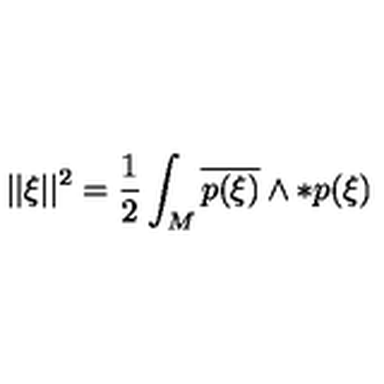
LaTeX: | | \xi | | ^ { 2 } = { \frac { 1 } { 2 } } \int _ { M } \overline { { p ( \xi ) } } \wedge * p ( \xi )